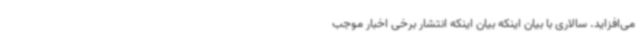
می‌افزاید. سالاری با بیان اینکه بیان اینکه انتشار برخی اخبار موجب